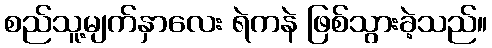
စည်သူ့မျက်နှာလေး ရဲကနဲ ဖြစ်သွားခဲ့သည်။